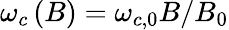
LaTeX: \omega_{c}\left(B\right)=\omega_{c,0}B/B_{0}